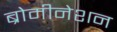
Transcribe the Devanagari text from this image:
ब्रोमीनेशन